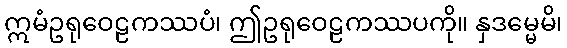
ဣမံဥရုဝေဠကဿပံ၊ ဤဥရုဝေဠကဿပကို။ နှဒမ္မေမိ၊